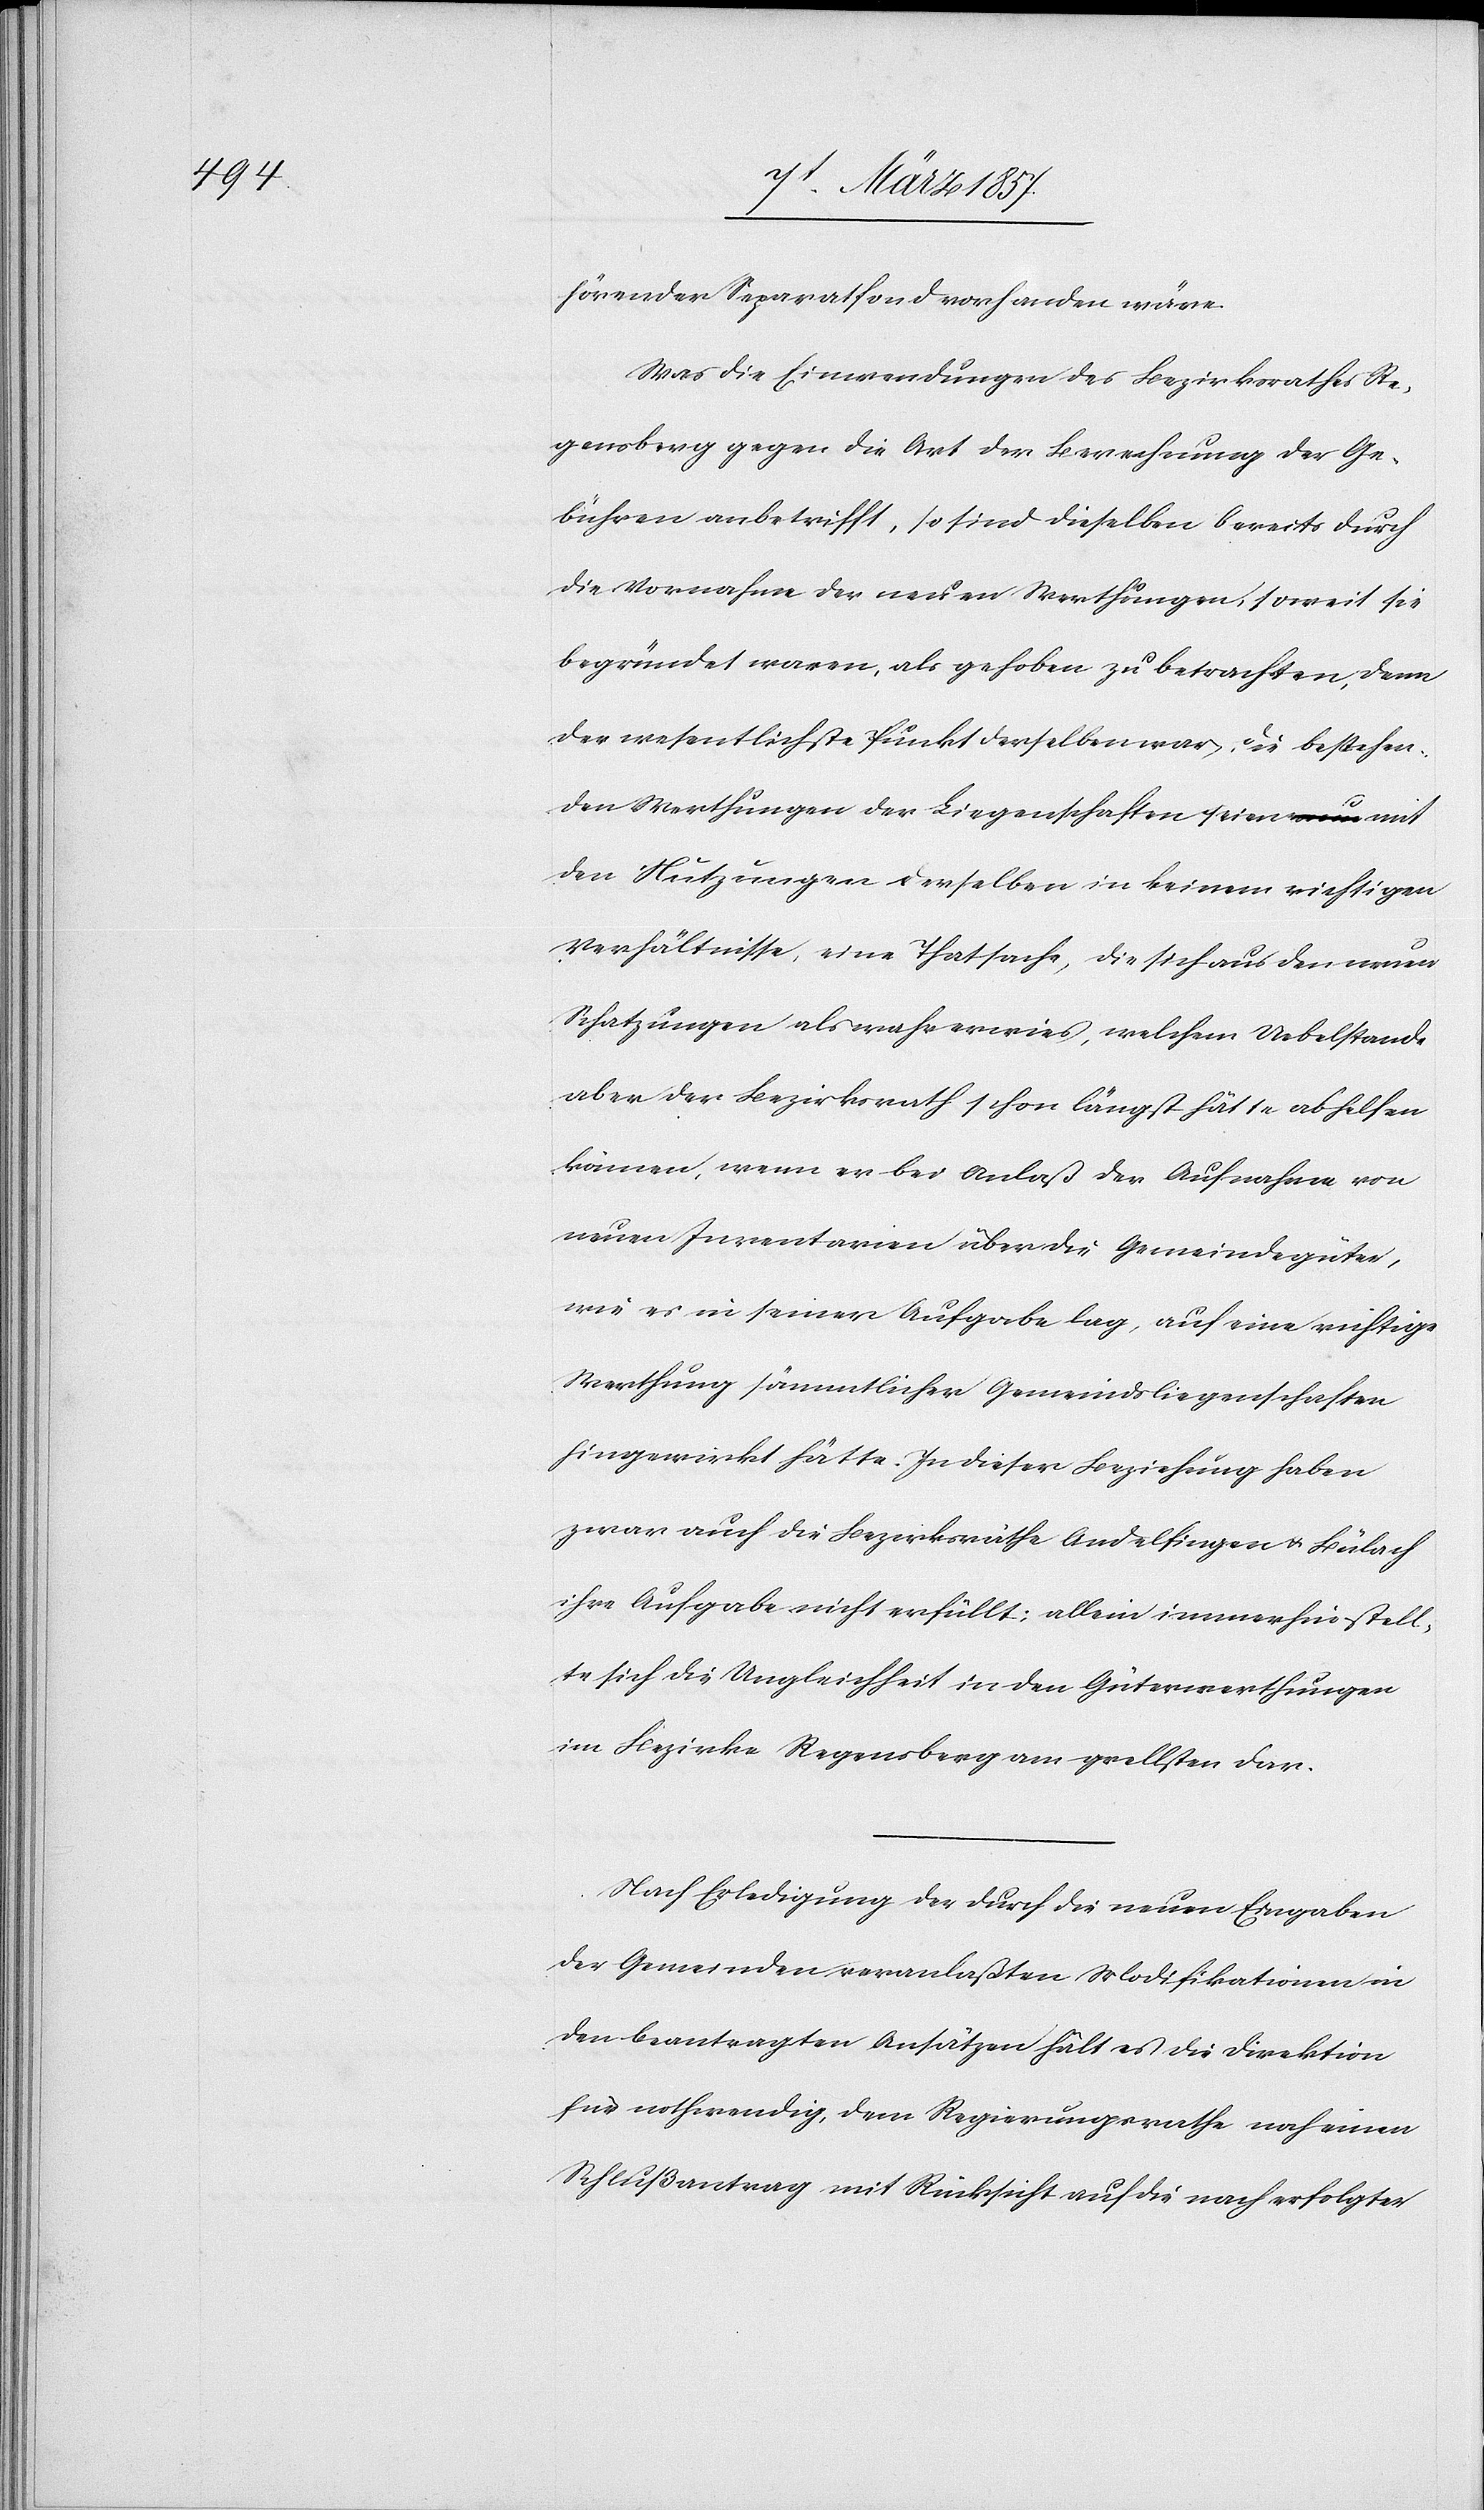
hörender Separatfond vorhanden wäre.
Was die Einwendungen des Bezirksrathes Re¬
gensberg gegen die Art der Berechnung der Ge¬
bühren anbetrifft, so sind dieselben bereits durch
die Vornahme der neuen Werthungen, soweit sie
begründet waren, als gehoben zu betrachten, denn
der wesentlichste Punkt derselben war, die bestehen¬
den Werthungen der Liegenschaften seien mit
den Nutzungen derselben in keinem richtigen
Verhältnisse, eine Thatsache, die sich aus den neuen
Schatzungen als wahr erwies, welchem Uebelstande
aber der Bezirksrath schon längst hätte abhelfen
können, wenn er bei Anlaß der Aufnahme von
neuen Inventarien über die Gemeindegüter
wie es in seiner Aufgabe lag, auf eine richtige
Werthung sämmtlicher Gemeindsliegenschaften
hingewirkt hätte. In dieser Beziehung haben
zwar auch die Bezirksräthe Andelfingen u. Bülach
ihre Aufgabe nicht erfüllt; allein immerhin stell¬
te sich die Ungleichheit in den Güterwerthungen
im Bezirke Regensberg am grellsten dar.
Nach Erledigung der durch die neuen Eingaben
der Gemeinden veranlaßten Modifikationen in
den beantragten Ansätzen hält es die Direktion
für nothwendig, dem Regierungsrathe noch einen
Schlußantrag mit Rücksicht auf die nach erfolgter